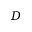
\boldsymbol { D }